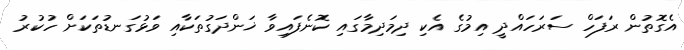
އެގޮތުން ރަފަހް ސަރަހައްދީ އިމުގެ އެކި ދިމަދިމާގައި ކޮނެފައިވާ ޚަންދަގުތަކާއި ވަޅުގަނޑުތަކަށް ހުކުރު